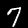
Digit: 7